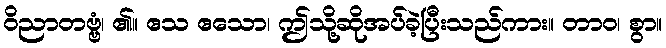
ဝိညာတဗ္ဗံ၊ ၏။ ဧသ ဧသော၊ ဤသို့ဆိုအပ်ခဲ့ပြီးသည်ကား။ တာဝ၊ စွာ။